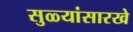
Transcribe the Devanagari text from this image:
सुळ्यांसारखे